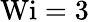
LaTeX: \textrm{Wi}=3